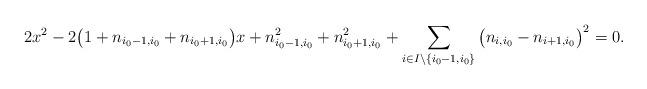
LaTeX: \begin{align*}2x^2-2\big(1+n_{{i_0}-1,{i_0}}+n_{{i_0}+1,{i_0}}\big)x+n_{{i_0}-1,{i_0}}^2+n_{{i_0}+1,{i_0}}^2+\sum\limits_{i\in I\setminus\{{i_0}-1,{i_0}\}}\big(n_{i,{i_0}}-n_{i+1,{i_0}}\big)^{2}=0.\end{align*}